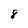
Character: 8